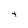
Character: t